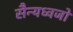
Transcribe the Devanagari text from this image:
सैन्यध्वजों